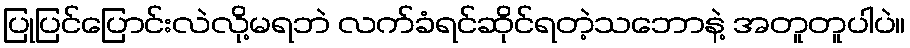
ပြုပြင်ပြောင်းလဲလို့မရဘဲ လက်ခံရင်ဆိုင်ရတဲ့သဘောနဲ့ အတူတူပါပဲ။